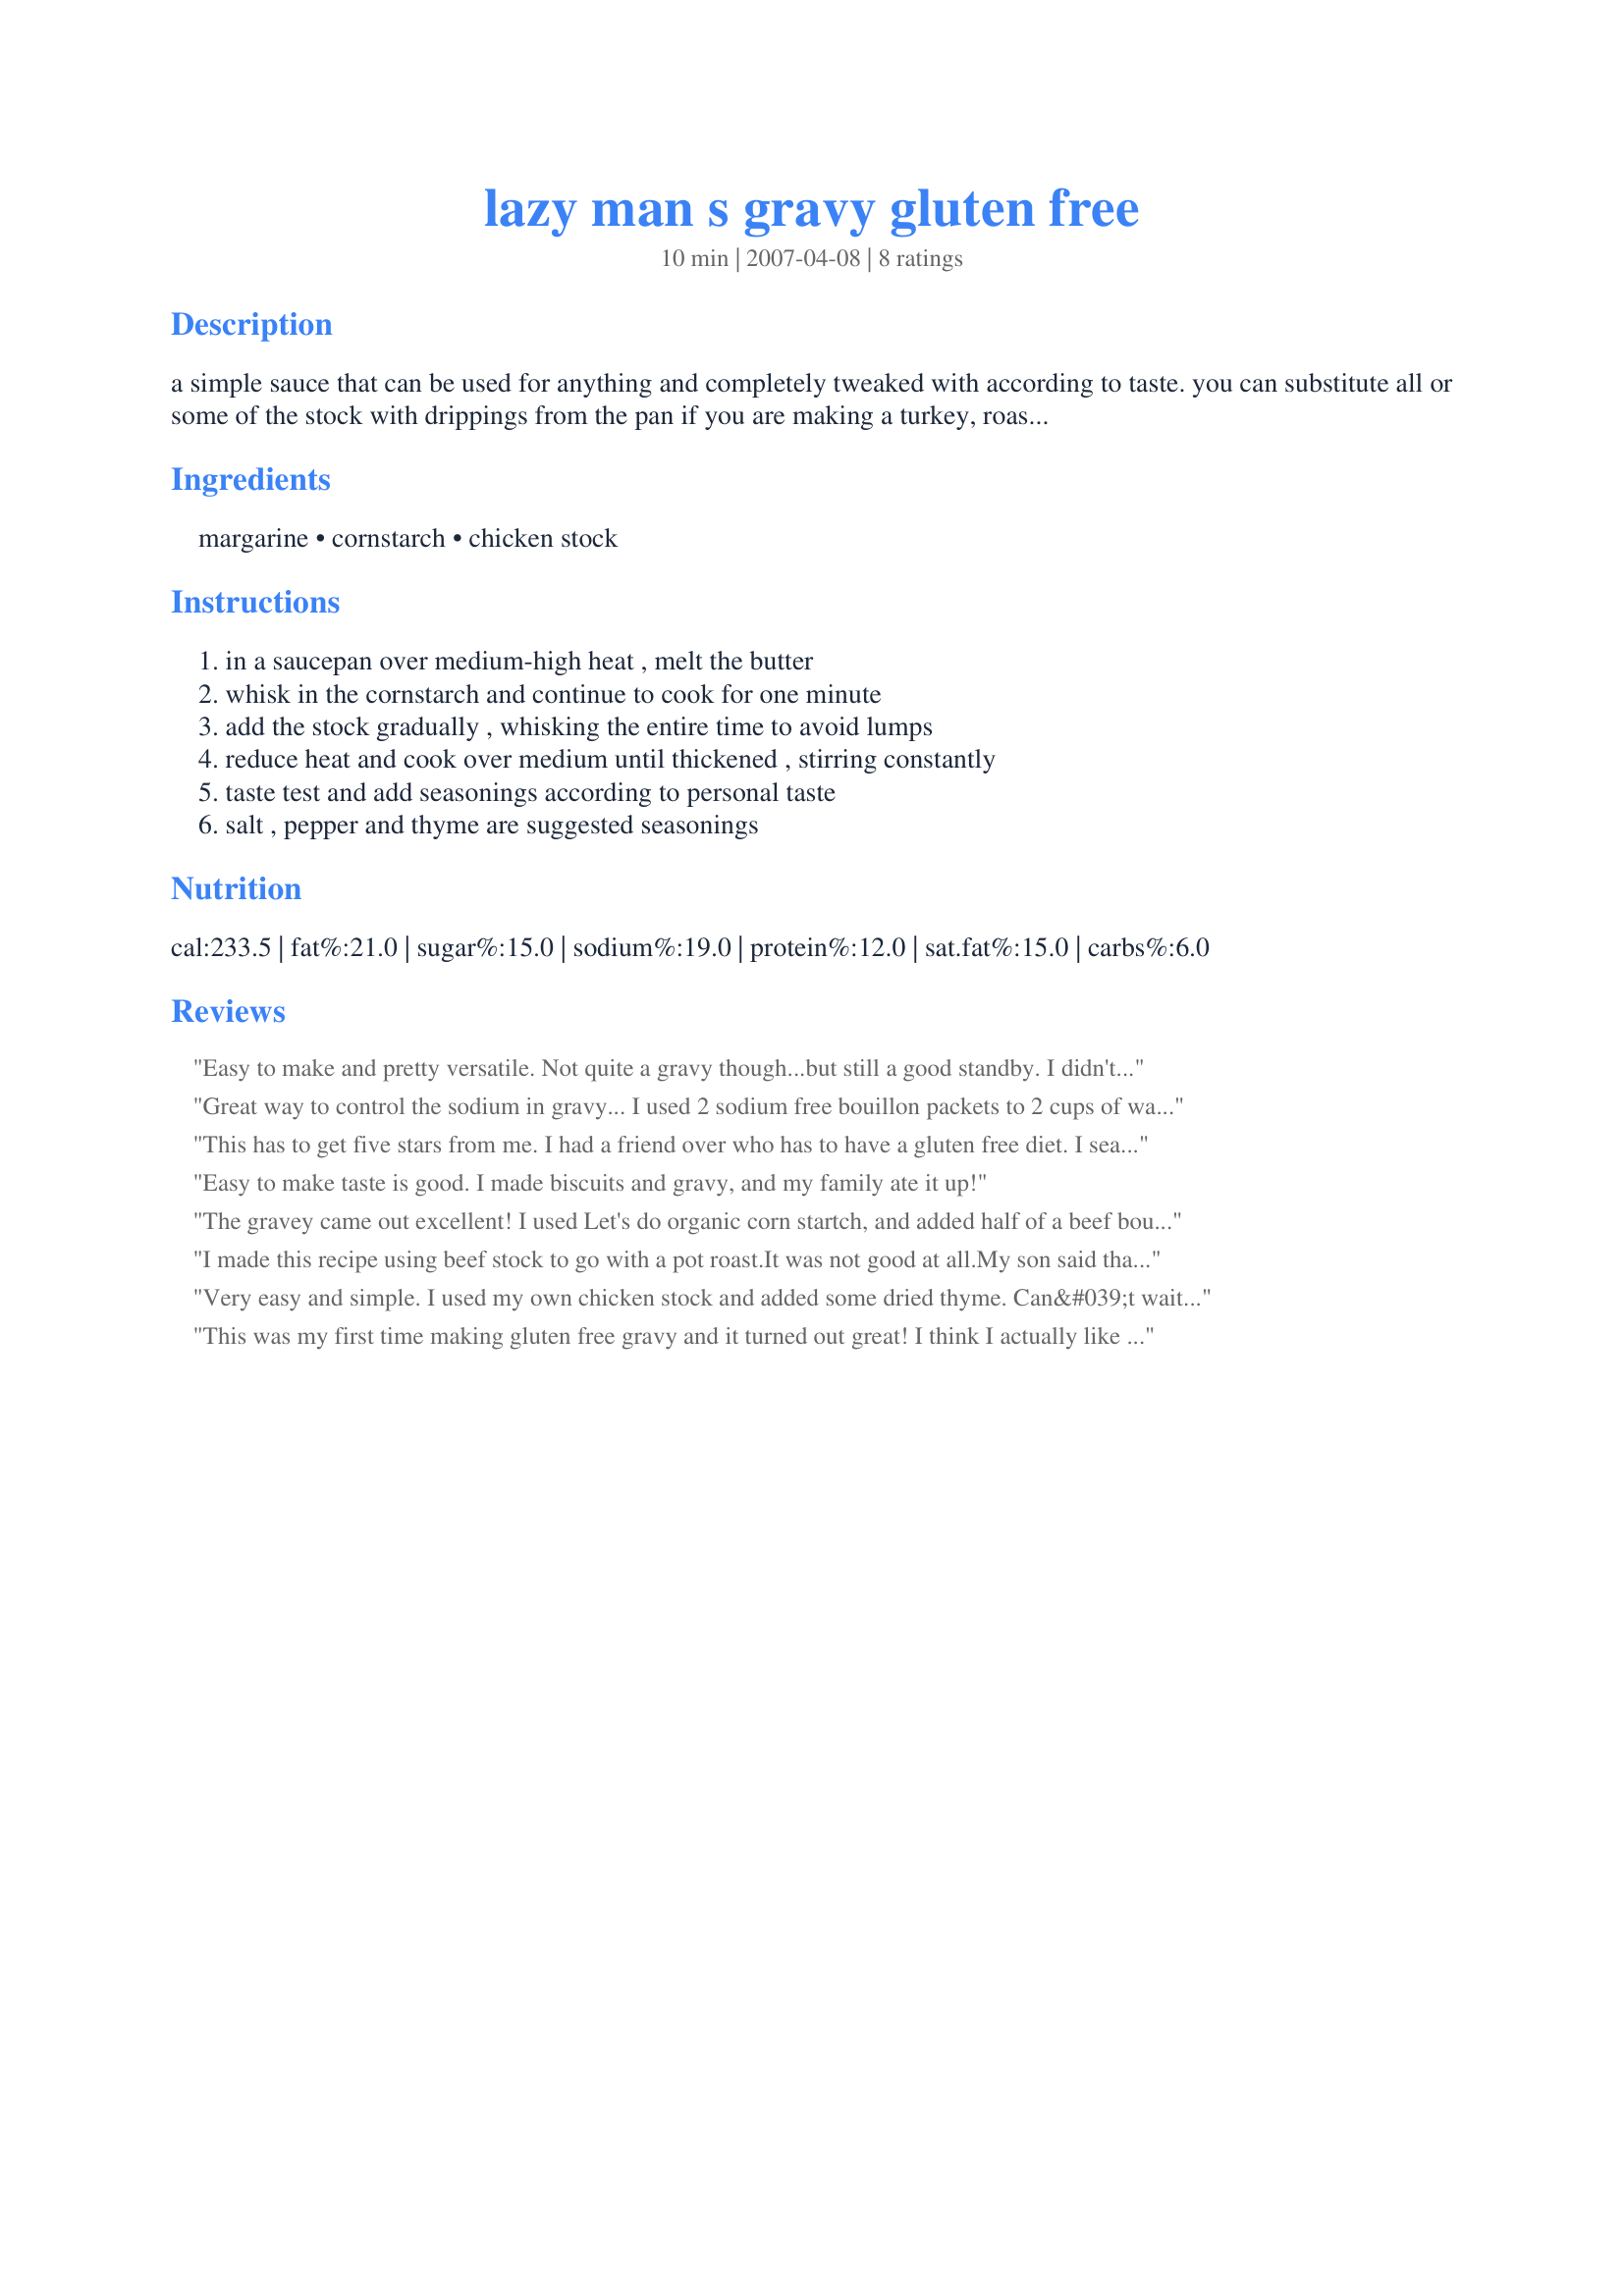
lazy man s gravy gluten free
Preparation time: 10 minutes

a simple sauce that can be used for anything and completely tweaked with according to taste. you can substitute all or some of the stock with drippings from the pan if you are making a turkey, roast, etc. great over french fries!

Ingredients:
margarine, cornstarch, chicken stock

Steps:
in a saucepan over medium-high heat , melt the butter, whisk in the cornstarch and continue to cook for one minute, add the stock gradually , whisking the entire time to avoid lumps, reduce heat and cook over medium until thickened , stirring constantly, taste test and add seasonings according to personal taste, salt , pepper and thyme are suggested seasonings

Reviews:
Easy to make and pretty versatile. Not quite a gravy though...but still a good standby. I didn't try it with the pan juices but I think that would make it taste more like a gravy I remember. Great & simple recipe- thanks for sharing it
Great way to control the sodium in gravy... I used 2 sodium free bouillon packets to 2 cups of water for broth... Thank You...
This has to get five stars from me. I had a friend over who has to have a gluten free diet. I searched, found this one, looked easy so I went for it. I have only made gravy once before from drippings, it turned out Awful! I was a bit worried for this time... but it was super easy and turned out REALLY good! Thanks!
Easy to make taste is good. I made biscuits and gravy, and my family ate it up!
The gravey came out excellent! I used Let's do organic corn startch, and added half of a beef bouillon cube to this recipe and it came out delicious! It's even got a great texture. Thank u
I made this recipe using beef stock to go with a pot roast.It was not good at all.My son said that it tasted like dirt.
Very easy and simple. I used my own chicken stock and added some dried thyme. Can&#039;t wait to try with turkey drippings!
This was my first time making gluten free gravy and it turned out great! I think I actually like it better than wheat flour since it gets thicker much quicker and stays thick. I made it with Herb Ox bouillon and another batch with the drippings of the turkey (adding salt and pepper). It was really good and there were no leftovers of the turkey gravy!
